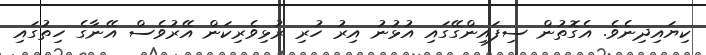
ކިޔައިދިނެވެ. އެގޮތުން ސިފައިންގޭގައި އުޅުނު އިރު ހުރި ރުޅިވެރިކަން އޭރުވެސް އޭނާގެ ހިތުގައި